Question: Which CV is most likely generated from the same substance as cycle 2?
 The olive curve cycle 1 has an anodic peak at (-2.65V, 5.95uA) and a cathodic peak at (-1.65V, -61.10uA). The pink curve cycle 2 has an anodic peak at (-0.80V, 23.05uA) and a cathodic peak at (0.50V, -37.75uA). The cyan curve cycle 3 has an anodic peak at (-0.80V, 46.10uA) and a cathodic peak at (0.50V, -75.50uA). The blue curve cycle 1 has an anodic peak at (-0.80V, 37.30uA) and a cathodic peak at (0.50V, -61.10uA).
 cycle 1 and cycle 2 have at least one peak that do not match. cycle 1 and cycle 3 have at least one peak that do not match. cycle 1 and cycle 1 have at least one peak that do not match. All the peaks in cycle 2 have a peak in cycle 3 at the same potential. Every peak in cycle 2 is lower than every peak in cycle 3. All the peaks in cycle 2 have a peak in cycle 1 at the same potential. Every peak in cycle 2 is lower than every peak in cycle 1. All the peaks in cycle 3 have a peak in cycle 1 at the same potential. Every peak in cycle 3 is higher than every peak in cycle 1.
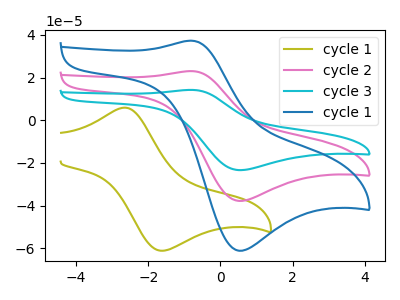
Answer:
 <answer>"cycle 2" and "cycle 3" have a similar shape to "cycle 1".</answer>
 <eval>"cycle 2" "cycle 3"</eval>